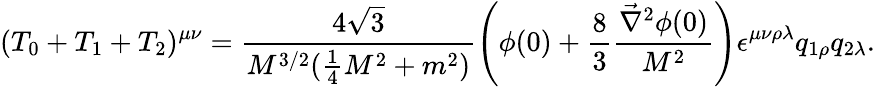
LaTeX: (T_{0}+T_{1}+T_{2})^{\mu\nu}=\frac{4\sqrt{3}}{M^{3/2}(\frac{1}{4}M^{2}+m^{2})}\left(\phi(0)+\frac{8}{3}\frac{\vec{\nabla}^{2}\phi(0)}{M^{2}}\right)\epsilon^{\mu\nu\rho\lambda}q_{1\rho}q_{2\lambda}.